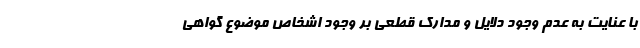
با عنایت به عدم وجود دلایل و مدارک قطعی بر وجود اشخاص موضوع گواهی